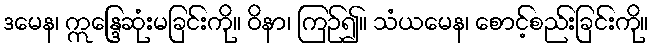
ဒမေန၊ ဣန္ဒြေဆုံးမခြင်းကို။ ဝိနာ၊ ကြဉ်၍။ သံယမေန၊ စောင့်စည်းခြင်းကို။